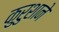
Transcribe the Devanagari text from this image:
कुरुशाने